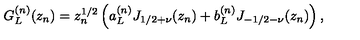
G _ { L } ^ { ( n ) } ( z _ { n } ) = z _ { n } ^ { 1 / 2 } \left( a _ { L } ^ { ( n ) } J _ { 1 / 2 + \nu } ( z _ { n } ) + b _ { L } ^ { ( n ) } J _ { - 1 / 2 - \nu } ( z _ { n } ) \right) ,